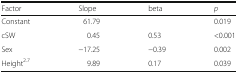
<table><thead><tr><td><b>Factor</b></td><td><b>Slope</b></td><td><b>beta</b></td><td><b><i>p</i></b></td></tr></thead><tbody><tr><td>Constant</td><td>61.79</td><td></td><td>0.019</td></tr><tr><td>cSW</td><td>0.45</td><td>0.53</td><td>&lt;0.001</td></tr><tr><td>Sex</td><td>−17.25</td><td>−0.39</td><td>0.002</td></tr><tr><td>Height<sup>2.7</sup></td><td>9.89</td><td>0.17</td><td>0.039</td></tr></tbody></table>